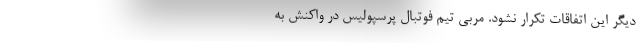
دیگر این اتفاقات تکرار نشود. مربی تیم فوتبال پرسپولیس در واکنش به